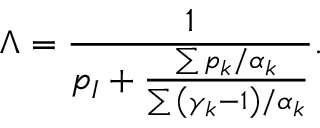
\Lambda = \frac { 1 } { p _ { I } + \frac { \sum { p _ { k } / \alpha _ { k } } } { \sum { \left( \gamma _ { k } - 1 \right) / \alpha _ { k } } } } .